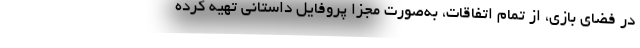
در فضای بازی، از تمام اتفاقات، به‌صورت مجزا پروفایل داستانی تهیه کرده